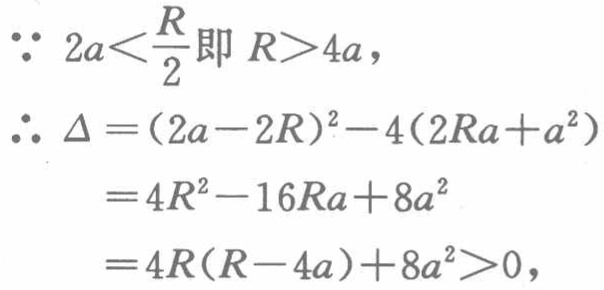
\(\because 2a<\frac{R}{2}\text{即 }R > 4a,\)
\(\therefore \Delta=(2a - 2R)^2-4(2Ra + a^2)\)
\(=4R^2-16Ra + 8a^2\)
\(=4R(R - 4a)+8a^2>0,\)